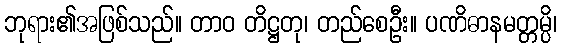
ဘုရား၏အဖြစ်သည်။ တာဝ တိဋ္ဌတု၊ တည်စေဦး။ ပဏိဓာနမတ္တမ္ပိ၊